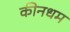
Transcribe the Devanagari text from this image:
कीनधम